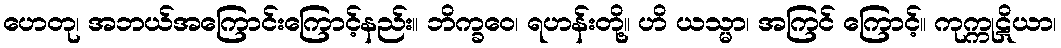
ဟေတု၊ အဘယ်အကြောင်းကြောင့်နည်း။ ဘိက္ခဝေ၊ ရဟန်းတို့။ ဟိ ယသ္မာ၊ အကြင် ကြောင့်။ ကုက္ကုဋိယာ၊